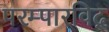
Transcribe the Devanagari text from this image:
परम्पारविद्